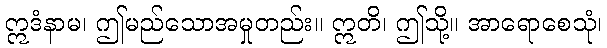
ဣဒံနာမ၊ ဤမည်သောအမှုတည်း။ ဣတိ၊ ဤသို့။ အာရောစေသုံ၊